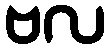
ဗလ